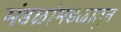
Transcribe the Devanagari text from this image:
मंडळांमंडळातून